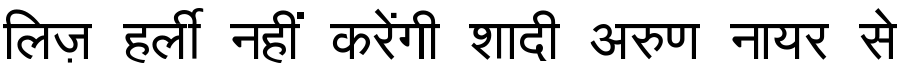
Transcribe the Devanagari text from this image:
लिज़ हर्ली नहीं करेंगी शादी अरुण नायर से